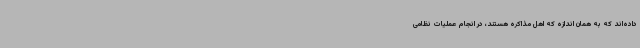
داده‌اند که به همان اندازه که اهل مذاکره هستند، در انجام عملیات نظامی